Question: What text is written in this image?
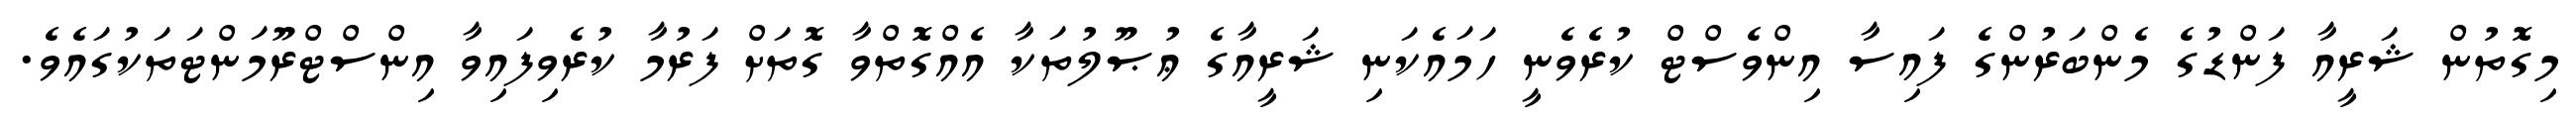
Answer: މިގޮތުން ޝަރީއާ ފަންޑުގެ މެންބަރުންގެ ފައިސާ އިންވެސްޓް ކުރެވެނީ ހަމައެކަނި ޝަރީއާގެ ޢުޞޫލުތަކާ އެއްގޮތްވާ ގޮތަށް ފަރުމާ ކުރެވިފައިވާ އިންސްޓްރޫމަންޓަތަކުގައެވެ.